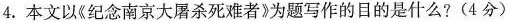
4.本文以《纪念南京大屠杀死难者》为题写作的目的是什么?(4分)